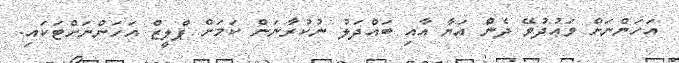
އަހަންނަށް ވަޢުދުވޭ ދެން އަޔާ އާއި ބައްދަލު ނުކުރާނަން ކަމަށް ޕްލީޒް އަހަންނަށްޓަކައި.